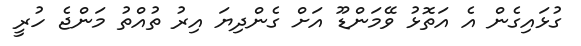
ގުޅައިގެން އެ އަތޮޅު ވޭމަންޑޫ އަށް ގެންދިޔަ އިރު ތުއްތު މަންޖެ ހުރީ